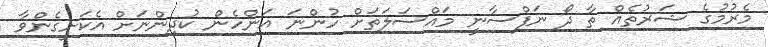
މެރުމުގެ ޝަރުތެއް ތާ ދޯ ނަފްސާނީ މައްސަލަތަށް ހުންނަ އަންހެން ކުދިންނަށް އެކަށީގެންވާ